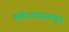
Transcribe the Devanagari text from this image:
भविष्यकालातुन